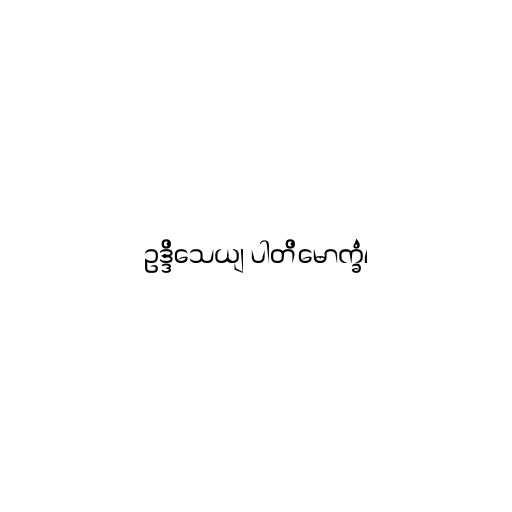
ဥဒ္ဒိသေယျ ပါတိမောက္ခံ၊